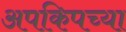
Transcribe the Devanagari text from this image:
अपकिपच्या